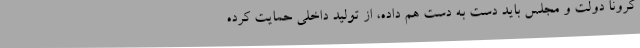
کرونا دولت و مجلس باید دست به دست هم داده، از تولید داخلی حمایت کرده